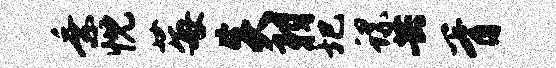
乘忱莓炎羽圯螺共胥